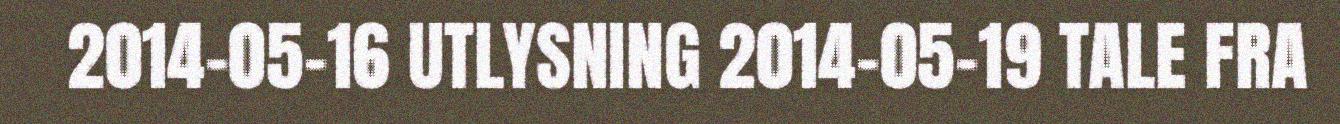
2014-05-16 UTLYSNING 2014-05-19 TALE FRA